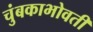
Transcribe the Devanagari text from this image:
चुंबकाभोवती